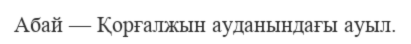
Абай — Қорғалжын ауданындағы ауыл.